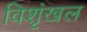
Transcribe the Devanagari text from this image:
विशृंखल